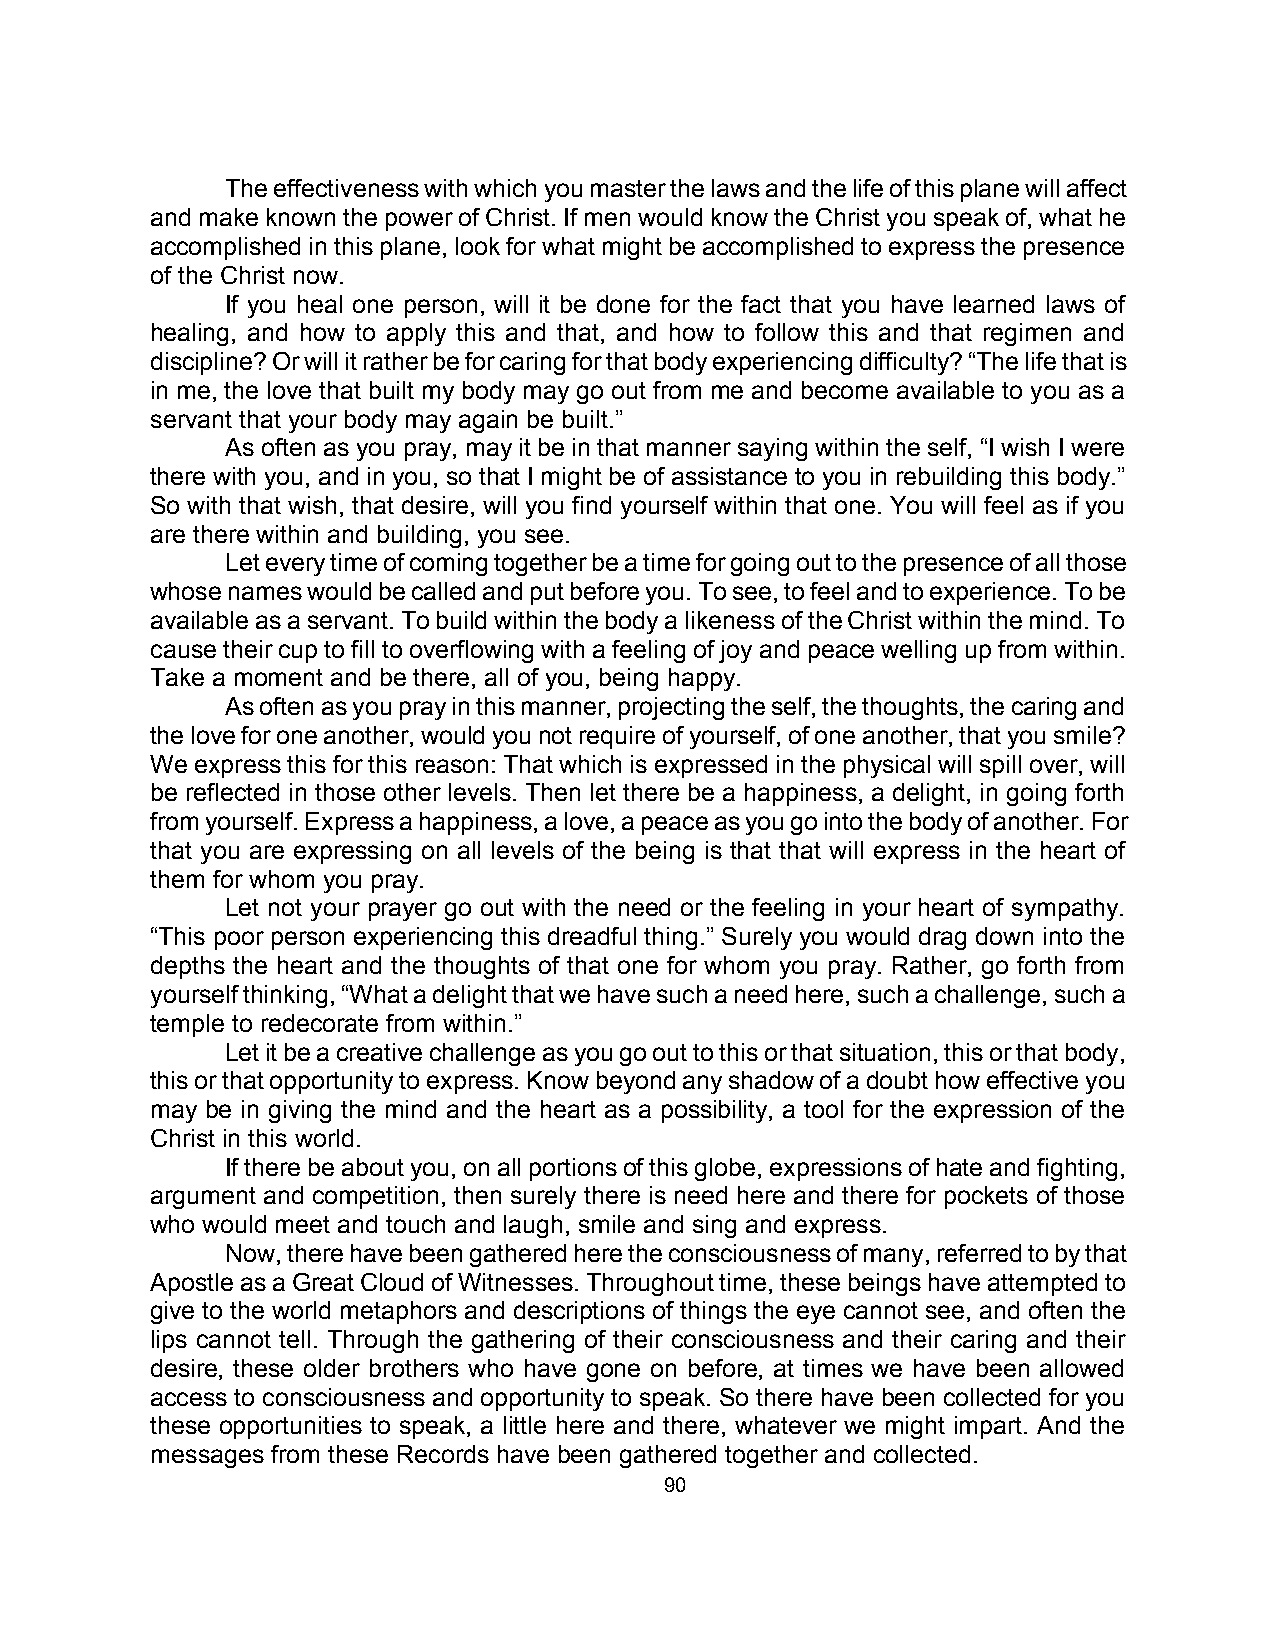
The effectiveness with which you master the laws and the life of this plane will affect
 and make known the power of Christ. If men would know the Christ you speak of, what he
 accomplished in this plane, look for what might be accomplished to express the presence
 of the Christ now.
 If you heal one person, will it be done for the fact that you have learned laws of
 healing, and how to apply this and that, and how to follow this and that regimen and
 discipline? Or will it rather be for caring for that body experiencing difficulty? “The life that is
 in me, the love that built my body may go out from me and become available to you as a
 servant that your body may again be built.”
 As often as you pray, may it be in that manner saying within the self, “I wish I were
 there with you, and in you, so that I might be of assistance to you in rebuilding this body.”
 So with that wish, that desire, will you find yourself within that one. You will feel as if you
 are there within and building, you see.
 Let every time of coming together be a time for going out to the presence of all those
 whose names would be called and put before you. To see, to feel and to experience. To be
 available as a servant. To build within the body a likeness of the Christ within the mind. To
 cause their cup to fill to overflowing with a feeling of joy and peace welling up from within.
 Take a moment and be there, all of you, being happy.
 As often as you pray in this manner, projecting the self, the thoughts, the caring and
 the love for one another, would you not require of yourself, of one another, that you smile?
 We express this for this reason: That which is expressed in the physical will spill over, will
 be reflected in those other levels. Then let there be a happiness, a delight, in going forth
 from yourself. Express a happiness, a love, a peace as you go into the body of another. For
 that you are expressing on all levels of the being is that that will express in the heart of
 them for whom you pray.
 Let not your prayer go out with the need or the feeling in your heart of sympathy.
 “This poor person experiencing this dreadful thing.” Surely you would drag down into the
 depths the heart and the thoughts of that one for whom you pray. Rather, go forth from
 yourself thinking, “What a delight that we have such a need here, such a challenge, such a
 temple to redecorate from within.”
 Let it be a creative challenge as you go out to this or that situation, this or that body,
 this or that opportunity to express. Know beyond any shadow of a doubt how effective you
 may be in giving the mind and the heart as a possibility, a tool for the expression of the
 Christ in this world.
 If there be about you, on all portions of this globe, expressions of hate and fighting,
 argument and competition, then surely there is need here and there for pockets of those
 who would meet and touch and laugh, smile and sing and express.
 Now, there have been gathered here the consciousness of many, referred to by that
 Apostle as a Great Cloud of Witnesses. Throughout time, these beings have attempted to
 give to the world metaphors and descriptions of things the eye cannot see, and often the
 lips cannot tell. Through the gathering of their consciousness and their caring and their
 desire, these older brothers who have gone on before, at times we have been allowed
 access to consciousness and opportunity to speak. So there have been collected for you
 these opportunities to speak, a little here and there, whatever we might impart. And the
 messages from these Records have been gathered together and collected.
 90